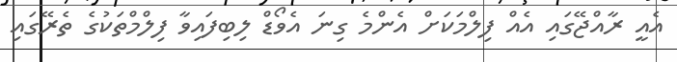
އެއީ ރާއްޖޭގައި އެއް ފިލްމަކަށް އެންމެ ގިނަ އެވޯޑް ލިބިފައިވާ ފިލްމްތަކުގެ ތެރޭގައި